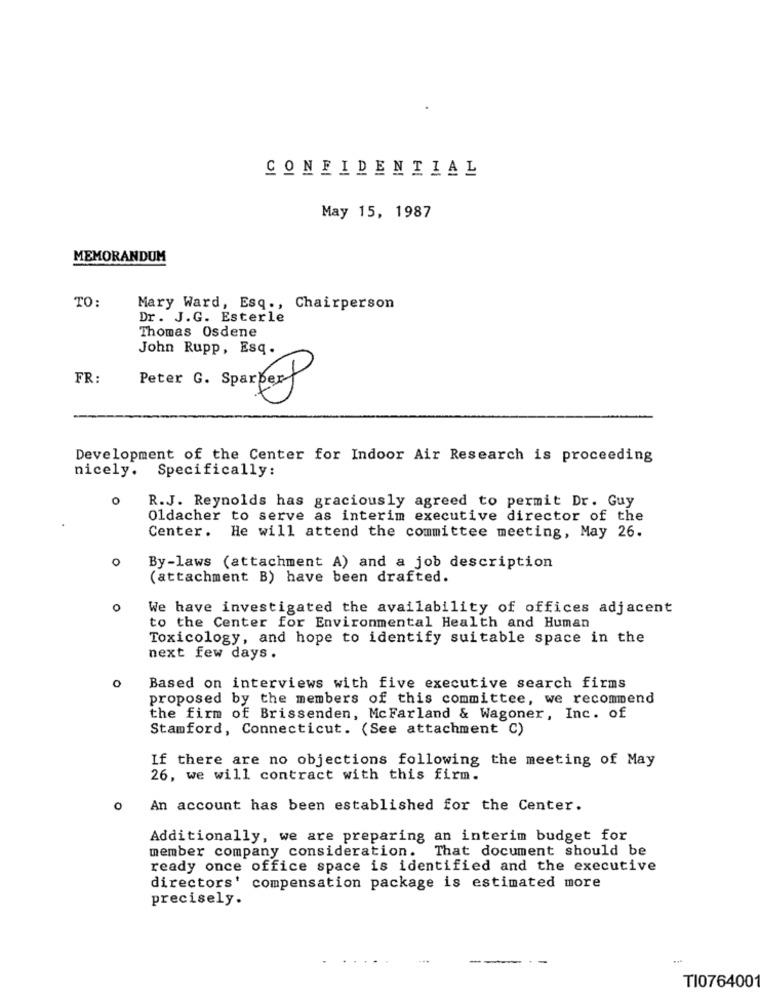
CONFIDENTIAL
May 15, 1987
MEMORANDUM
TO:
Mary Ward, Esq .,
Chairperson
Dr. J.G. Esterle
Thomas Osdene
John Rupp, Esq.
FR:
Peter G. Sparper
Development of the Center for Indoor Air Research is proceeding
nicely. Specifically:
o
R.J. Reynolds has graciously agreed to permit Dr. Guy
Oldacher to serve as interim executive director of the
Center. He will attend the committee meeting, May 26.
o
By-laws (attachment A) and a job description
(attachment B) have been drafted.
O
We have investigated the availability of offices adjacent
to the Center for Environmental Health and Human
Toxicology, and hope to identify suitable space in the
next few days.
o
Based on interviews with five executive search firms
proposed by the members of this committee, we recommend
the firm of Brissenden, McFarland & Wagoner, Inc. of
Stamford, Connecticut. (See attachment C)
If there are no objections following the meeting of May
26, we will contract with this firm.
0
An account has been established for the Center.
Additionally, we are preparing an interim budget for
member company consideration.
That document should be
ready once office space is identified and the executive
directors' compensation package is estimated more
precisely.
TI076400